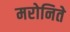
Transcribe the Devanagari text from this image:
मरोनिते